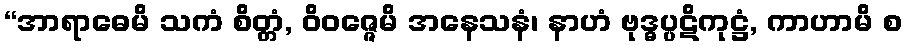
“အာရာဓေမိ သကံ စိတ္တံ, ဝိဝဇ္ဇေမိ အနေသနံ၊ နာဟံ ဗုဒ္ဓပ္ပဋိကုဋ္ဌံ, ကာဟာမိ စ